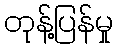
တုန့်ပြန်မှု